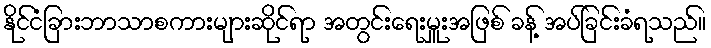
နိုင်ငံခြားဘာသာစကားများဆိုင်ရာ အတွင်းရေးမှူးအဖြစ် ခန့် အပ်ခြင်းခံရသည်။